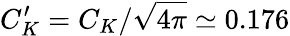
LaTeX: C_{K}^{\prime}=C_{K}/\sqrt{4\pi}\simeq 0.176